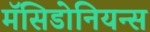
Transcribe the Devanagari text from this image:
मॅसिडोनियन्स